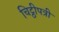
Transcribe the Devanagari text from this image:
चिट्ठीपत्री